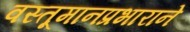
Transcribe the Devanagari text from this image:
वस्तूमानप्रभाराने